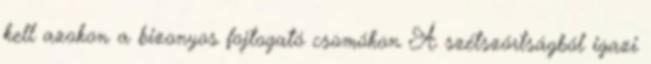
kell azokon a bizonyos fojtogató csomókon A szétszórtságból igazi